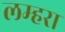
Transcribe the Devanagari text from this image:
लम्हरा